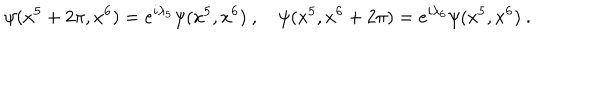
\psi ( x ^ { 5 } + 2 \pi , x ^ { 6 } ) = e ^ { i \lambda _ { 5 } } \psi ( x ^ { 5 } , x ^ { 6 } ) \ , \quad \psi ( x ^ { 5 } , x ^ { 6 } + 2 \pi ) = e ^ { i \lambda _ { 6 } } \psi ( x ^ { 5 } , x ^ { 6 } ) \ .